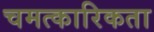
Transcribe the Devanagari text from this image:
चमत्कारिकता